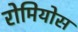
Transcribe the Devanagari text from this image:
रोमियोस